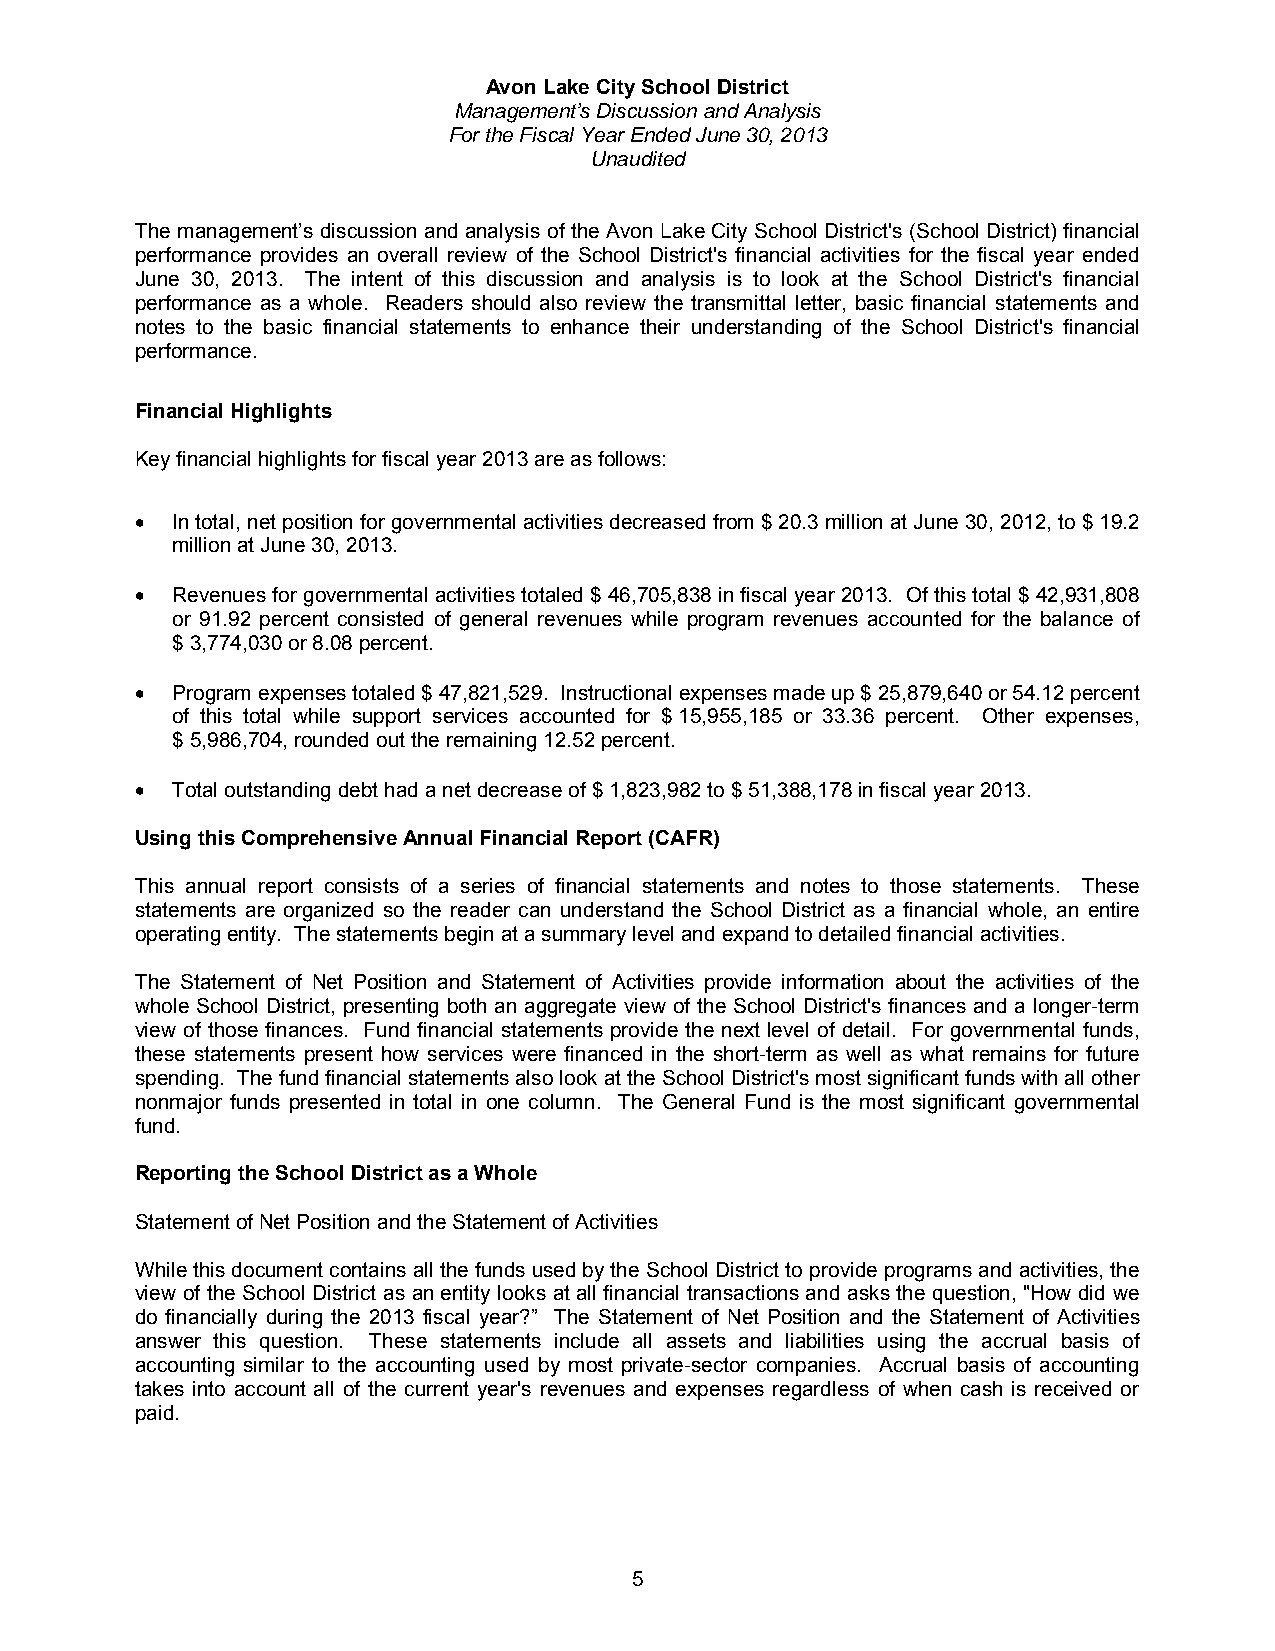
Avon Lake City School District
 Management’s Discussion and Analysis
 For the Fiscal Year Ended June 30, 2013
 Unaudited
 The management’s discussion and analysis of the Avon Lake City School District's (School District) financial
 performance provides an overall review of the School District's financial activities for the fiscal year ended
 June 30, 2013. The intent of this discussion and analysis is to look at the School District's financial
 performance as a whole. Readers should also review the transmittal letter, basic financial statements and
 notes to the basic financial statements to enhance their understanding of the School District's financial
 performance.
 Financial Highlights
 Key financial highlights for fiscal year 2013 are as follows:
 • In total, net position for governmental activities decreased from $ 20.3 million at June 30, 2012, to $ 19.2
 million at June 30, 2013.
 • Revenues for governmental activities totaled $ 46,705,838 in fiscal year 2013. Of this total $ 42,931,808
 or 91.92 percent consisted of general revenues while program revenues accounted for the balance of
 $ 3,774,030 or 8.08 percent.
 • Program expenses totaled $ 47,821,529. Instructional expenses made up $ 25,879,640 or 54.12 percent
 of this total while support services accounted for $ 15,955,185 or 33.36 percent. Other expenses,
 $ 5,986,704, rounded out the remaining 12.52 percent.
 • Total outstanding debt had a net decrease of $ 1,823,982 to $ 51,388,178 in fiscal year 2013.
 Using this Comprehensive Annual Financial Report (CAFR)
 This annual report consists of a series of financial statements and notes to those statements. These
 statements are organized so the reader can understand the School District as a financial whole, an entire
 operating entity. The statements begin at a summary level and expand to detailed financial activities.
 The Statement of Net Position and Statement of Activities provide information about the activities of the
 whole School District, presenting both an aggregate view of the School District's finances and a longer-term
 view of those finances. Fund financial statements provide the next level of detail. For governmental funds,
 these statements present how services were financed in the short-term as well as what remains for future
 spending. The fund financial statements also look at the School District's most significant funds with all other
 nonmajor funds presented in total in one column. The General Fund is the most significant governmental
 fund.
 Reporting the School District as a Whole
 Statement of Net Position and the Statement of Activities
 While this document contains all the funds used by the School District to provide programs and activities, the
 view of the School District as an entity looks at all financial transactions and asks the question, "How did we
 do financially during the 2013 fiscal year?” The Statement of Net Position and the Statement of Activities
 answer this question. These statements include all assets and liabilities using the accrual basis of
 accounting similar to the accounting used by most private-sector companies. Accrual basis of accounting
 takes into account all of the current year's revenues and expenses regardless of when cash is received or
 paid.
 5